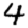
Digit: 4